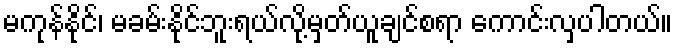
မကုန်နိုင်၊ မခမ်းနိုင်ဘူးရယ်လို့မှတ်ယူချင်စရာ ကောင်းလှပါတယ်။